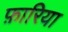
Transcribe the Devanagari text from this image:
फ़ारिया